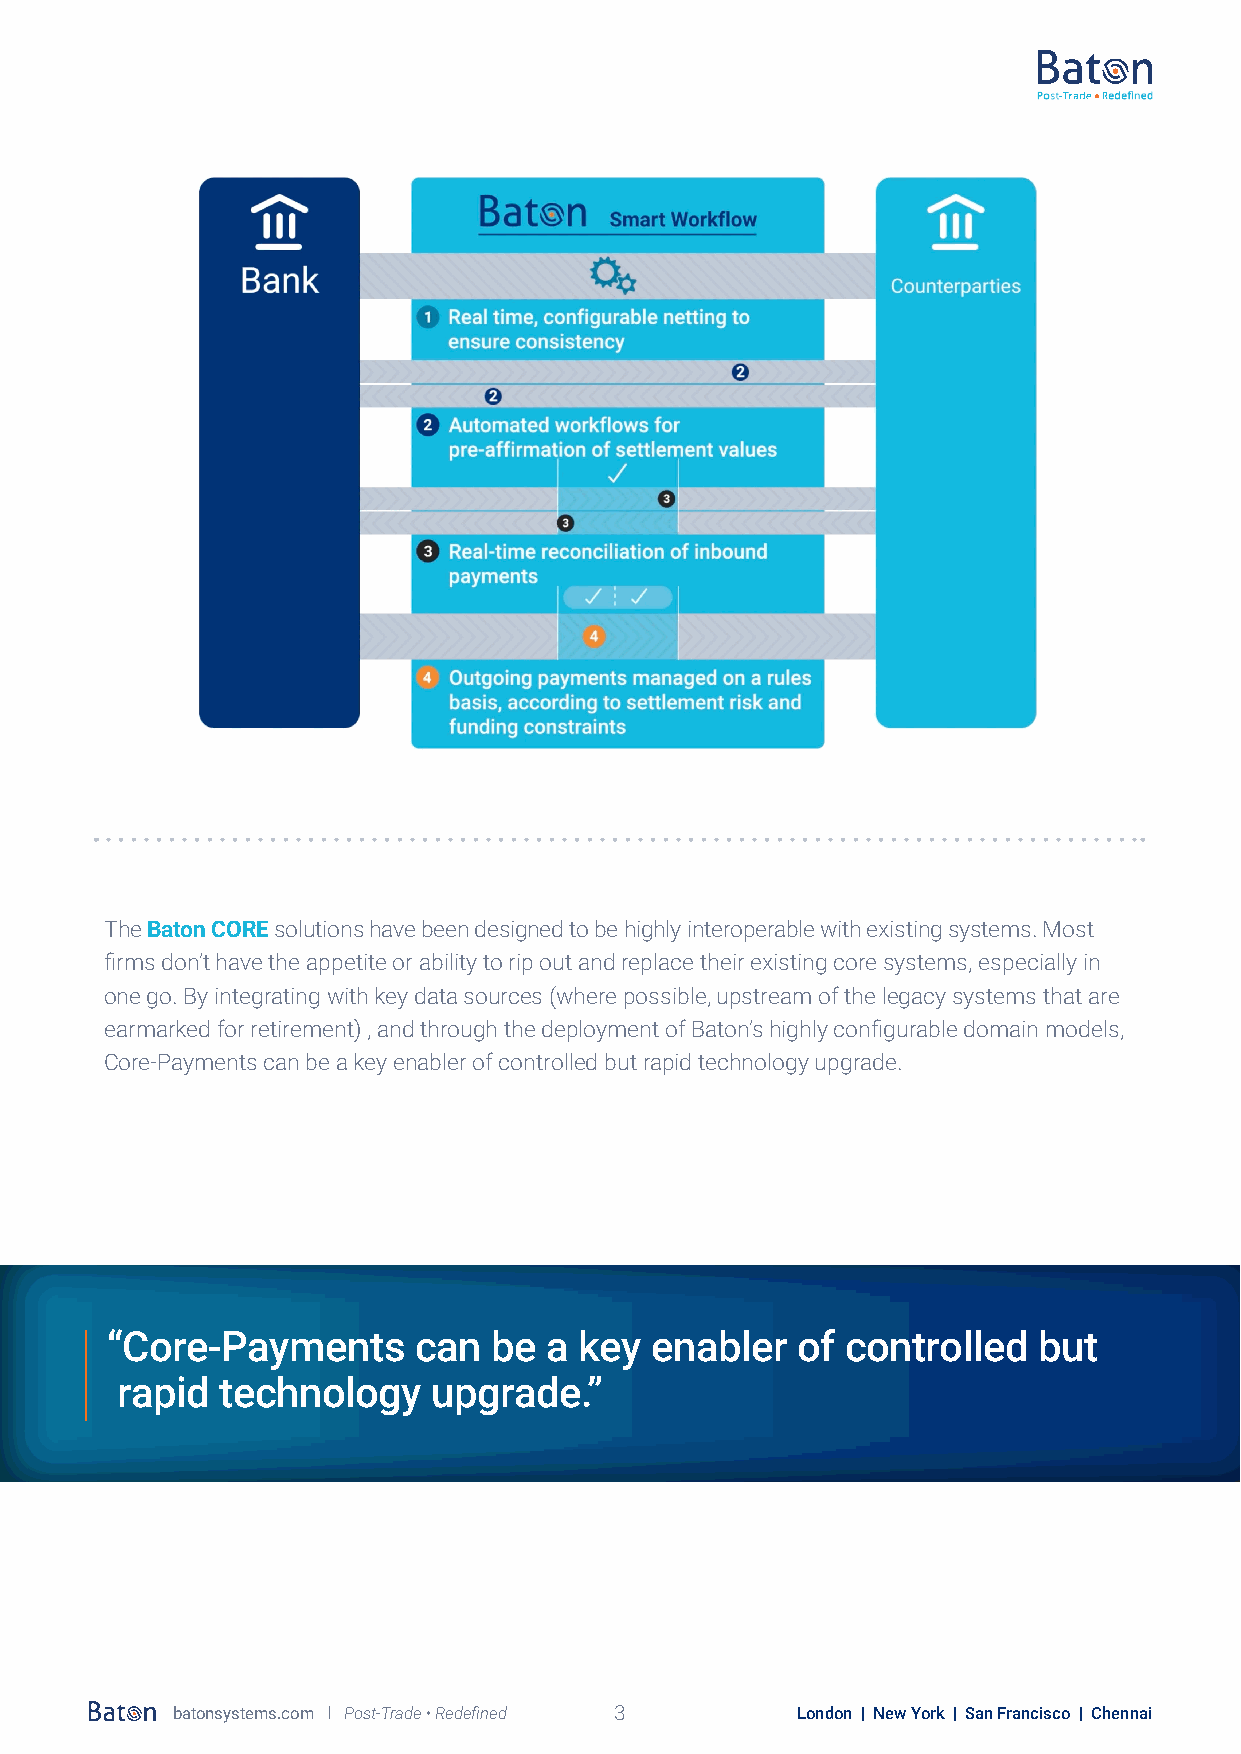
The Baton CORE solutions have been designed to be highly interoperable with existing systems. Most
 firms don’t have the appetite or ability to rip out and replace their existing core systems, especially in
 one go. By integrating with key data sources (where possible, upstream of the legacy systems that are
 earmarked for retirement) , and through the deployment of Baton’s highly configurable domain models,
 Core-Payments can be a key enabler of controlled but rapid technology upgrade.
 “Core-Payments      can   be a key  enabler   of controlled   but
 rapid  technology    upgrade.”
 batonsystems.com l Post-Trade • Redefined 3 London | New York | San Francisco | Chennai